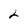
Character: 2